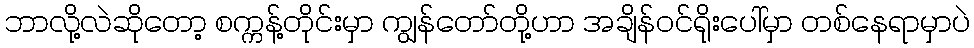
ဘာလို့လဲဆိုတော့ စက္ကန့်တိုင်းမှာ ကျွန်တော်တို့ဟာ အချိန်ဝင်ရိုးပေါ်မှာ တစ်နေရာမှာပဲ